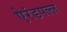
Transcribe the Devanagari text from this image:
ऐरंडपल्ल